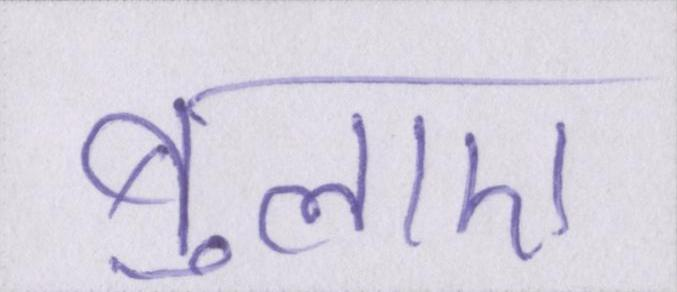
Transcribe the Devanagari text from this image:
बुलाए